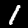
Digit: 1